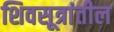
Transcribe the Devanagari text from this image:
शिवसूत्रांतील